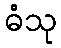
ဓံသု